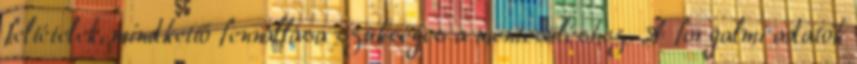
feltételek, mindkettő fennállása szükséges a mentesüléshez. A forgalmi adatok